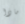
ماذا